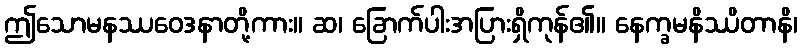
ဤသောမနဿဝေဒနာတို့ကား။ ဆ၊ ခြောက်ပါးအပြားရှိကုန်၏။ နေက္ခမနိဿိတာနိ၊